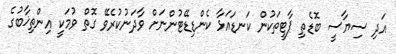
އަދި ސިޔާސީ ބޮޑެތި ޕާޓީތަކުން ކަނޑައަޅާ ކެންޑިޑޭޓުންނަށް ވާދަނުކުރެވޭ ގޮތް ވުމަކީ އިންތިޚާބުގެ